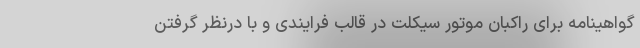
گواهینامه برای راکبان موتور سیکلت در قالب فرایندی و با درنظر گرفتن